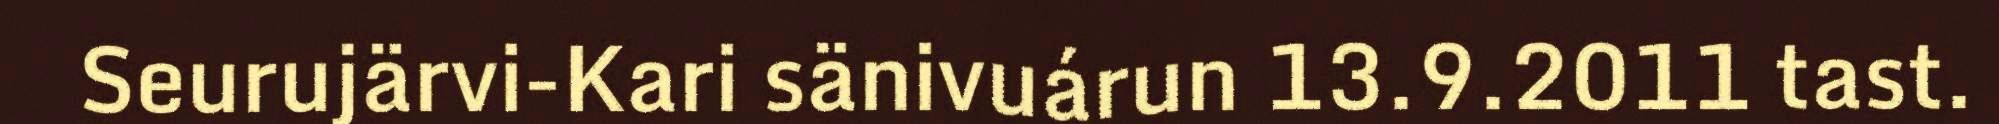
Seurujärvi-Kari sänivuárun 13.9.2011 tast.